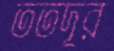
ততদূর